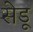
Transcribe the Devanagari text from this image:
सेडू